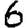
Digit: 6